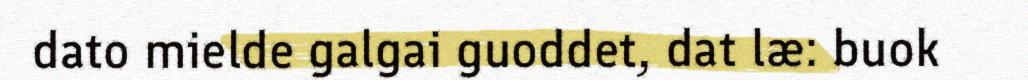
dato mielde galgai guoddet, dat læ: buok